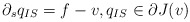
\begin{align*}\partial_s q_{IS} = f- v, q_{IS} \in \partial J(v)\end{align*}